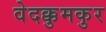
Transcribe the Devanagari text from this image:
वेदक्कुमकुर